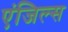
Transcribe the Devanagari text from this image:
एंजिल्स